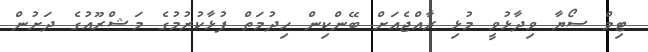
ޓިމް ސޯޔާ ވިދާޅުވީ މުޅި ރާއްޖެއަށް ބޭންކިން ހިދުމަތް ފުޅާކުރުމުގެ މަޝްރޫއުގެ ދަށުން